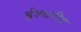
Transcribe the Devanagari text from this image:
ईश्चरीय